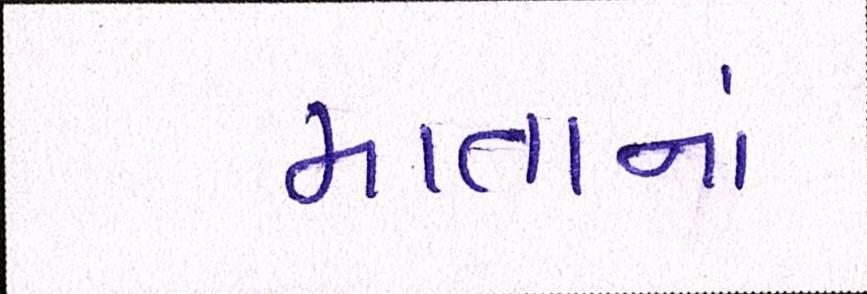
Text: માતાનાં